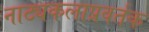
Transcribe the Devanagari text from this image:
नाट्यकलाप्रवर्तक